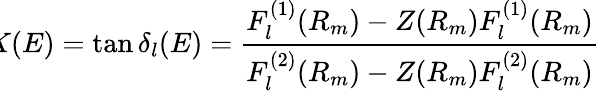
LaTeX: \! \! \! K(E)=\tan\delta_{l}(E)=\frac{F_{l}^{(1)}(R_{m})-Z(R_{m})F_{l}^{(1)}(R_{m})}{F_{l}^{(2)}(R_{m})-Z(R_{m})F_{l}^{(2)}(R_{m})}